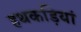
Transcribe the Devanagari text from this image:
हथकड़ियां